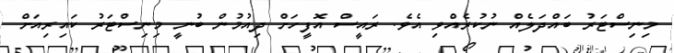
މިނިސްޓަރު ބައްދަލެއް ނުކުރެއްވި އެވެ. ރައީސް އޮފީހަށް ދިއުމުން ބުނީ މިނިސްޓަރު ކައިރިއަށް